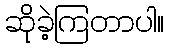
ဆိုခဲ့ကြတာပါ။